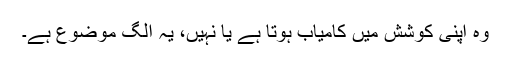
وہ اپنی کوشش میں کامیاب ہوتا ہے یا نہیں، یہ الگ موضوع ہے۔